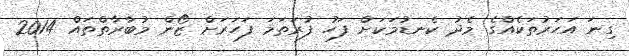
ގިނަ އަހަރުތަކެއްގެ މެދު ކެނޑުމަކަށް ފަހު ފުރަތަމަ ފަހަރަށް ޒޯން މުބާރާތްތައް 2014